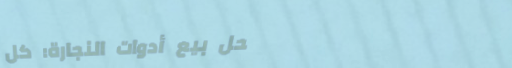
محل بيع أدوات النجارة: كل